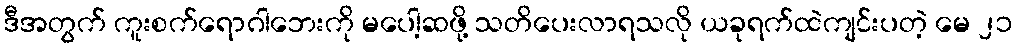
ဒီအတွက် ကူးစက်ရောဂါဘေးကို မပေါ့ဆဖို့ သတိပေးလာရသလို ယခုရက်ထဲကျင်းပတဲ့ မေ ၂၁